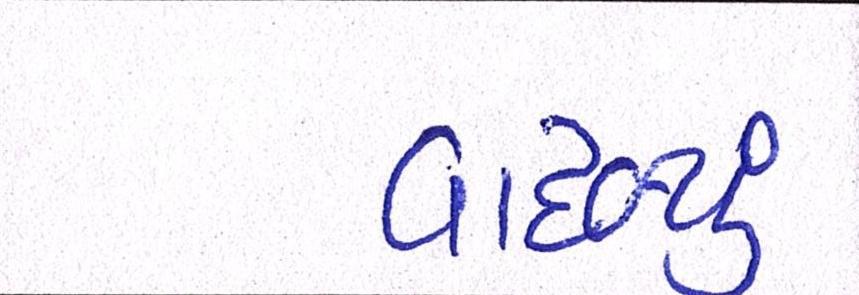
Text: વાદળ્યું